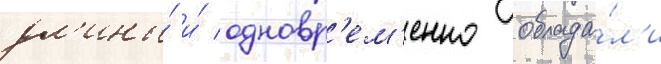
дл'ины́ и́ одновр'ем'енно облада́л'и